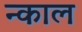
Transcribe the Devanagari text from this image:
न्काल